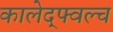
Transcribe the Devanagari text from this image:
कालेद्फ्वल्च